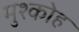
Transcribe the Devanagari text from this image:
मुश्कोह